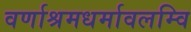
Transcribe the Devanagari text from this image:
वर्णाश्रमधर्मावलम्वि